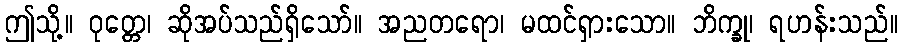
ဤသို့။ ဝုတ္တေ၊ ဆိုအပ်သည်ရှိသော်။ အညတရော၊ မထင်ရှားသော။ ဘိက္ခု၊ ရဟန်းသည်။